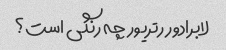
لابرادور رتریور چه رنگی است؟